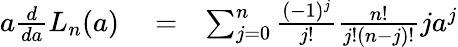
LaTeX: \begin{array}{rlr}{a\frac{d}{da}L_{n}(a)}&{{}=}&{\sum_{j=0}^{n}\frac{(-1)^{j}}{j!}\frac{n!}{j!(n-j)!}ja^{j}}\end{array}